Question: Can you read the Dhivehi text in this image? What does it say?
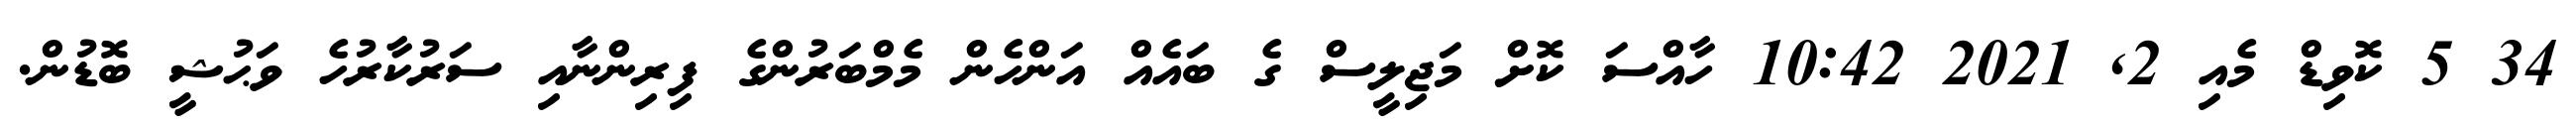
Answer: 34 5 ކޮވިޑް މެއި 2, 2021 10:42 ހާއްސަ ކޮށް މަޖިލީސް ގެ ބައެއް އަންހެން މެމްބަރުންގެ ފިރިންނާއި ސަރުކާރުހެ ވަޙުޝީ ބޮޑުން.